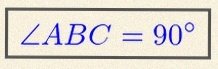
\angle ABC=90^\circ